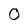
Character: 0